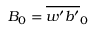
B _ { 0 } = \overline { { w ^ { \prime } b ^ { \prime } } } _ { 0 }